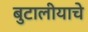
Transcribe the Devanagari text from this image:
बुटालीयाचे